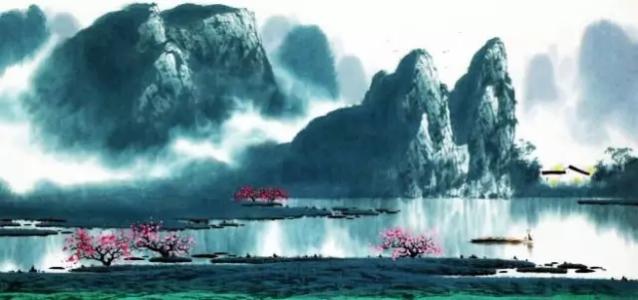
伤情处，高城望断，灯火已黄昏。